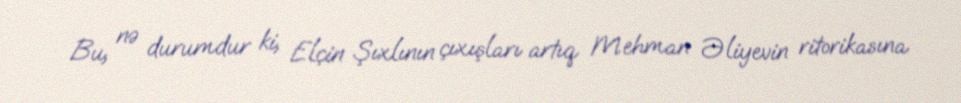
Bu, nə durumdur ki, Elçin Şıxlının çıxışları artıq Mehman Əliyevin ritorikasına